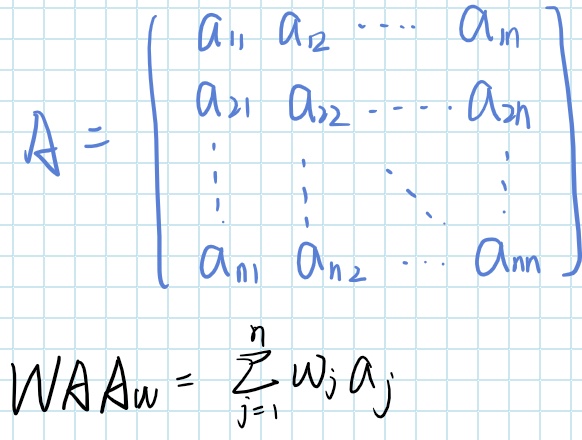
\[
A = \begin{pmatrix}
a_{11} & a_{12} & \cdots & a_{1n} \\
a_{21} & a_{22} & \cdots & a_{2n} \\
\vdots & \vdots & & \vdots \\
a_{n1} & a_{n2} & \cdots & a_{nn}
\end{pmatrix}
\]
\[
WAAw = \sum_{j = 1}^{n} w_{j} a_{j}
\]